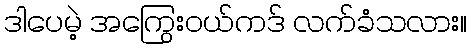
ဒါပေမဲ့ အကြွေးဝယ်ကဒ် လက်ခံသလား။